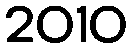
2010